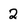
Character: 2